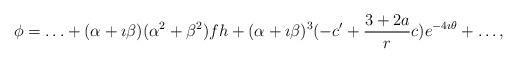
LaTeX: \begin{align*}\phi = \ldots + (\alpha + \imath\beta)(\alpha^2 + \beta^2)f h +(\alpha + \imath\beta)^3 (-c' + \frac{3+2a}{r} c)e^{-4\imath\theta} + \ldots ,\end{align*}